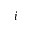
i